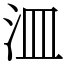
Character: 㳑